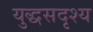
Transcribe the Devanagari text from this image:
युद्धसदृश्य